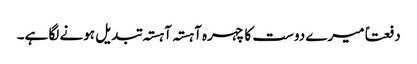
دفعتاً میرے دوست کا چہرہ آہستہ آہستہ تبدیل ہونے لگا ہے۔